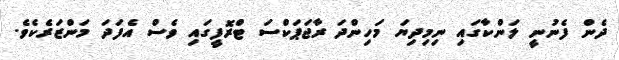
ދެން ފެނުނީ ލަންކާގައި ނިމިދިޔަ މަހިންދަ ރާޖަޕަކްސަ ޓްރޮފީގައި ވެސް އެފަދަ މަންޒަރެކެވެ.